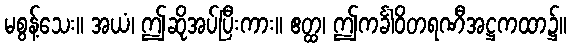
မစွန့်သေး။ အယံ၊ ဤဆိုအပ်ပြီးကား။ ဧတ္ထ၊ ဤကင်္ခါဝိတရဏီအဋ္ဌကထာ၌။